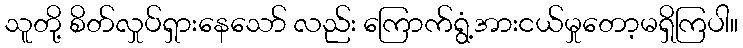
သူတို့ စိတ်လှုပ်ရှားနေသော် လည်း ကြောက်ရွံ့အားငယ်မှုတော့မရှိကြပါ။